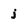
Character: j